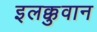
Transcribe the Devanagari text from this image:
इलक्कुवान